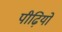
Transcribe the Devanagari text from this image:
पीढ़ियों